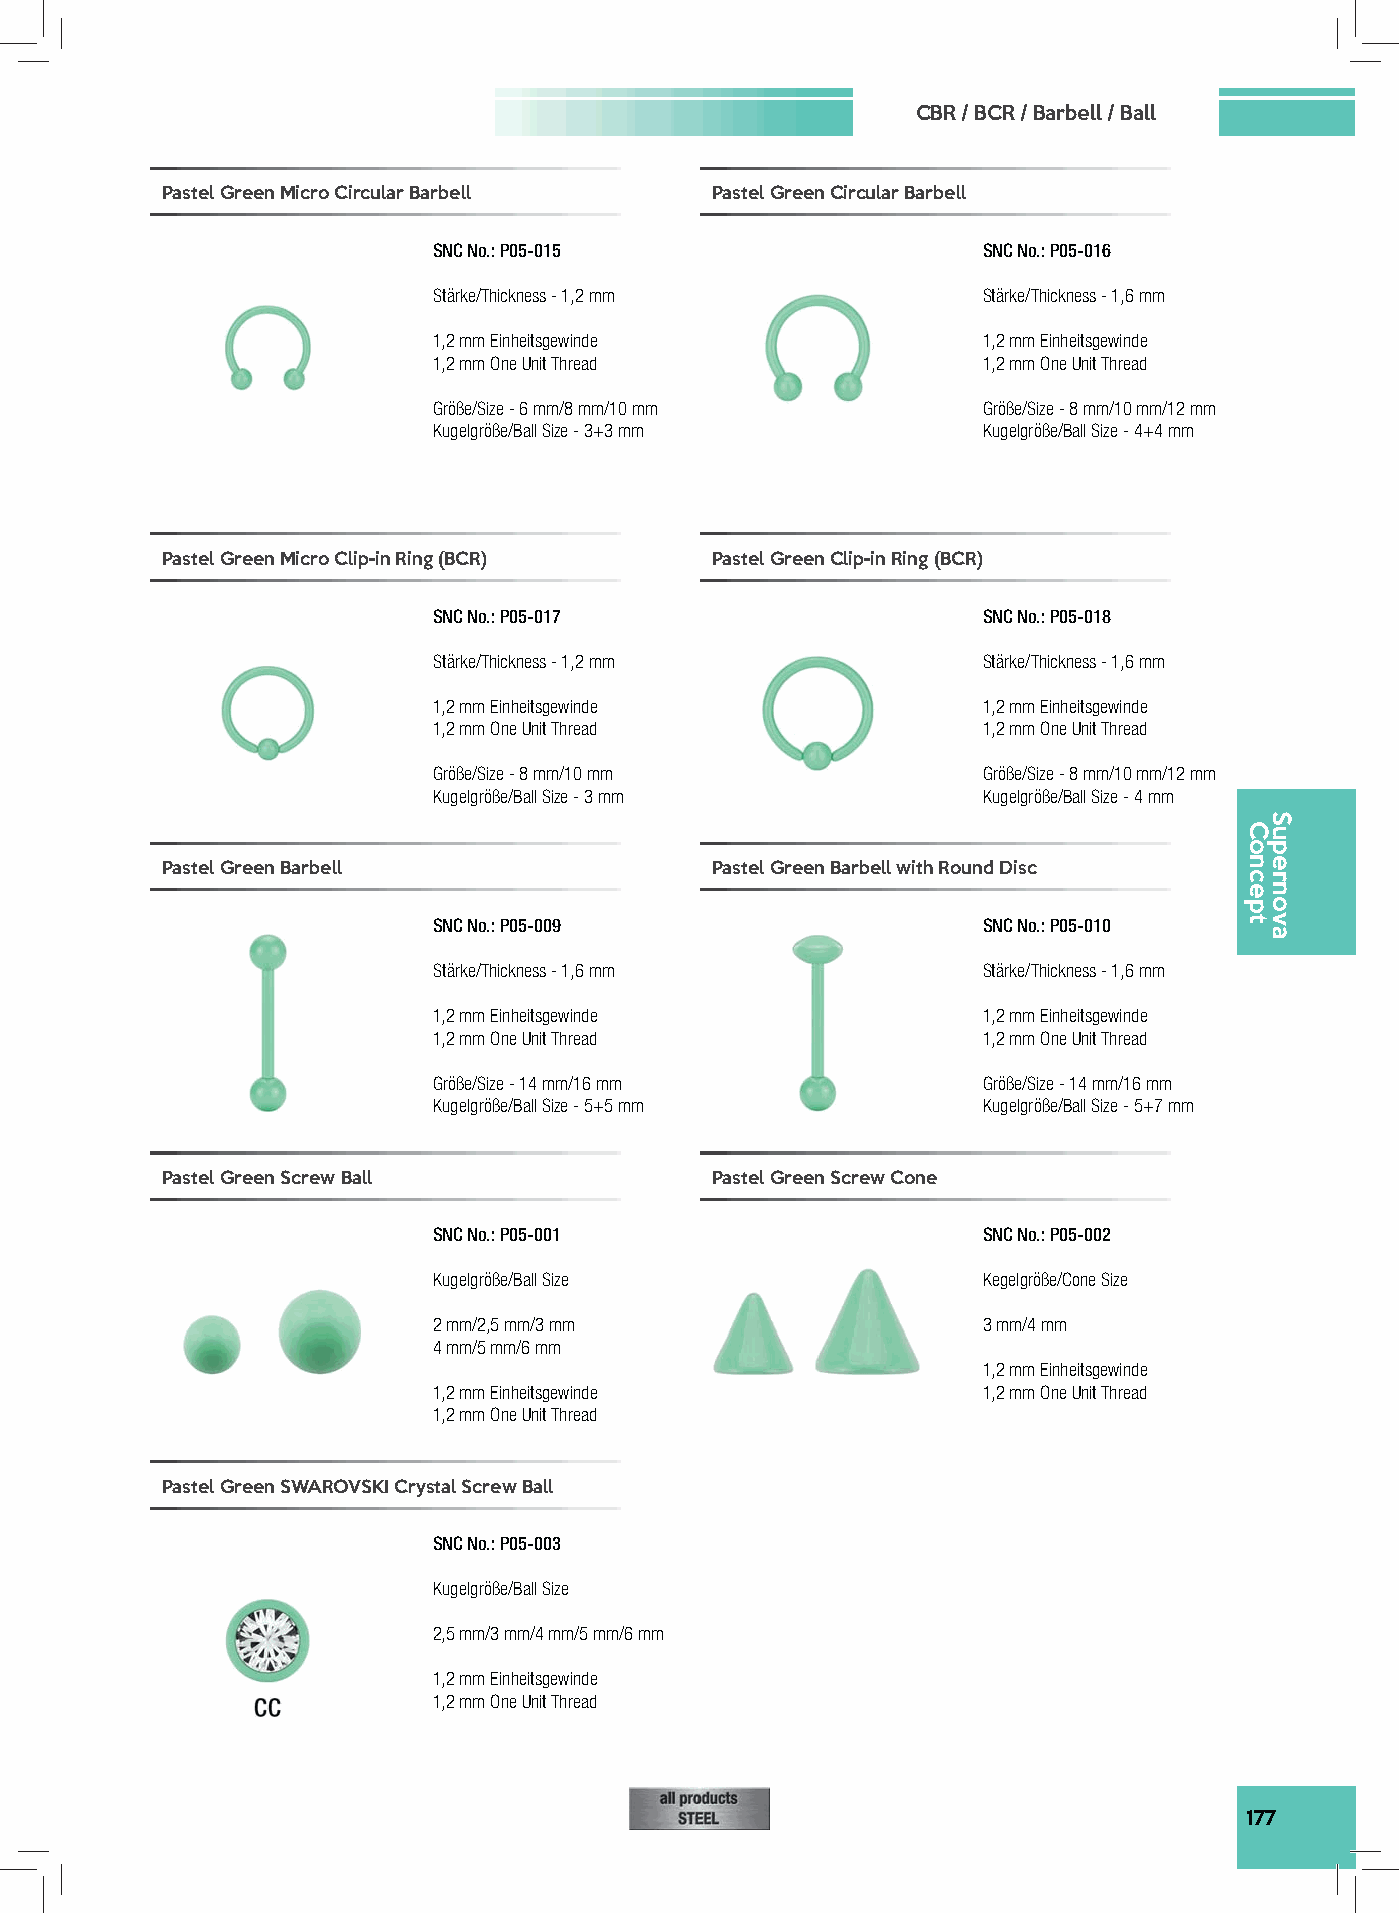
CBR / BCR / Barbell / Ball
 Pastel Green Micro Circular Barbell Pastel Green Circular Barbell
 SNC No.: P05-015                    SNC No.: P05-016
 Stärke/Thickness - 1,2 mm           Stärke/Thickness - 1,6 mm
 1,2 mm Einheitsgewinde              1,2 mm Einheitsgewinde
 1,2 mm One Unit Thread              1,2 mm One Unit Thread
 Größe/Size - 6 mm/8 mm/10 mm        Größe/Size - 8 mm/10 mm/12 mm
 Kugelgröße/Ball Size - 3+3 mm       Kugelgröße/Ball Size - 4+4 mm
 Pastel Green Micro Clip-in Ring (BCR) Pastel Green Clip-in Ring (BCR)
 SNC No.: P05-017                    SNC No.: P05-018
 Stärke/Thickness - 1,2 mm           Stärke/Thickness - 1,6 mm
 1,2 mm Einheitsgewinde              1,2 mm Einheitsgewinde
 1,2 mm One Unit Thread              1,2 mm One Unit Thread
 Größe/Size - 8 mm/10 mm             Größe/Size - 8 mm/10 mm/12 mm
 Kugelgröße/Ball Size - 3 mm         Kugelgröße/Ball Size - 4 mm
 Pastel Green Barbell                Pastel Green Barbell with Round Disc
 SNC No.: P05-009                    SNC No.: P05-010
 Stärke/Thickness - 1,6 mm           Stärke/Thickness - 1,6 mm
 1,2 mm Einheitsgewinde              1,2 mm Einheitsgewinde
 1,2 mm One Unit Thread              1,2 mm One Unit Thread
 Größe/Size - 14 mm/16 mm            Größe/Size - 14 mm/16 mm
 Kugelgröße/Ball Size - 5+5 mm       Kugelgröße/Ball Size - 5+7 mm
 Pastel Green Screw Ball             Pastel Green Screw Cone
 SNC No.: P05-001                    SNC No.: P05-002
 Kugelgröße/Ball Size                Kegelgröße/Cone Size
 2 mm/2,5 mm/3 mm                    3 mm/4 mm
 4 mm/5 mm/6 mm
 1,2 mm Einheitsgewinde
 1,2 mm Einheitsgewinde              1,2 mm One Unit Thread
 1,2 mm One Unit Thread
 Pastel Green SWAROVSKI Crystal Screw Ball
 SNC No.: P05-003
 Kugelgröße/Ball Size
 2,5 mm/3 mm/4 mm/5 mm/6 mm
 1,2 mm Einheitsgewinde
 1,2 mm One Unit Thread
 177
 Concept
 Supernova